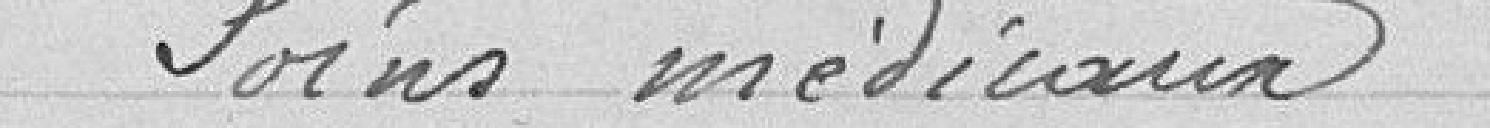
Soins médicaux